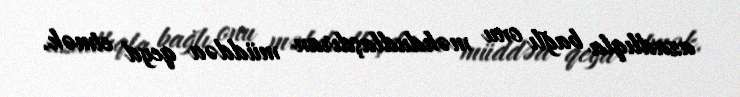
azadlıqla bağlı onu məhdudlaşdıran müddəa qeyd etmək.